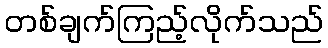
တစ်ချက်ကြည့်လိုက်သည်